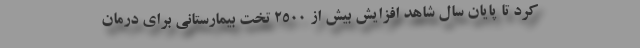
کرد تا پایان سال شاهد افزایش بیش از ۲۵۰۰ تخت بیمارستانی برای درمان